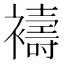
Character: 𮖻